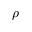
\rho